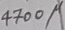
Text: 4700µ